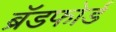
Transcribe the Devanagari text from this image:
ब्रॅडफोर्ड